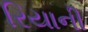
રિયાની